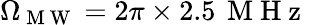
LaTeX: \Omega_{\mathrm{~M~W~}}=2\pi\times 2.5\, \mathrm{~M~H~z~}